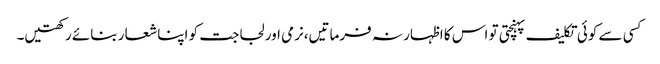
کسی سے کوئی تکلیف پہنچتی تو اس کا اظہار نہ فرماتیں،نرمی اور لجاجت کو اپنا شعار بنائے رکھتیں۔